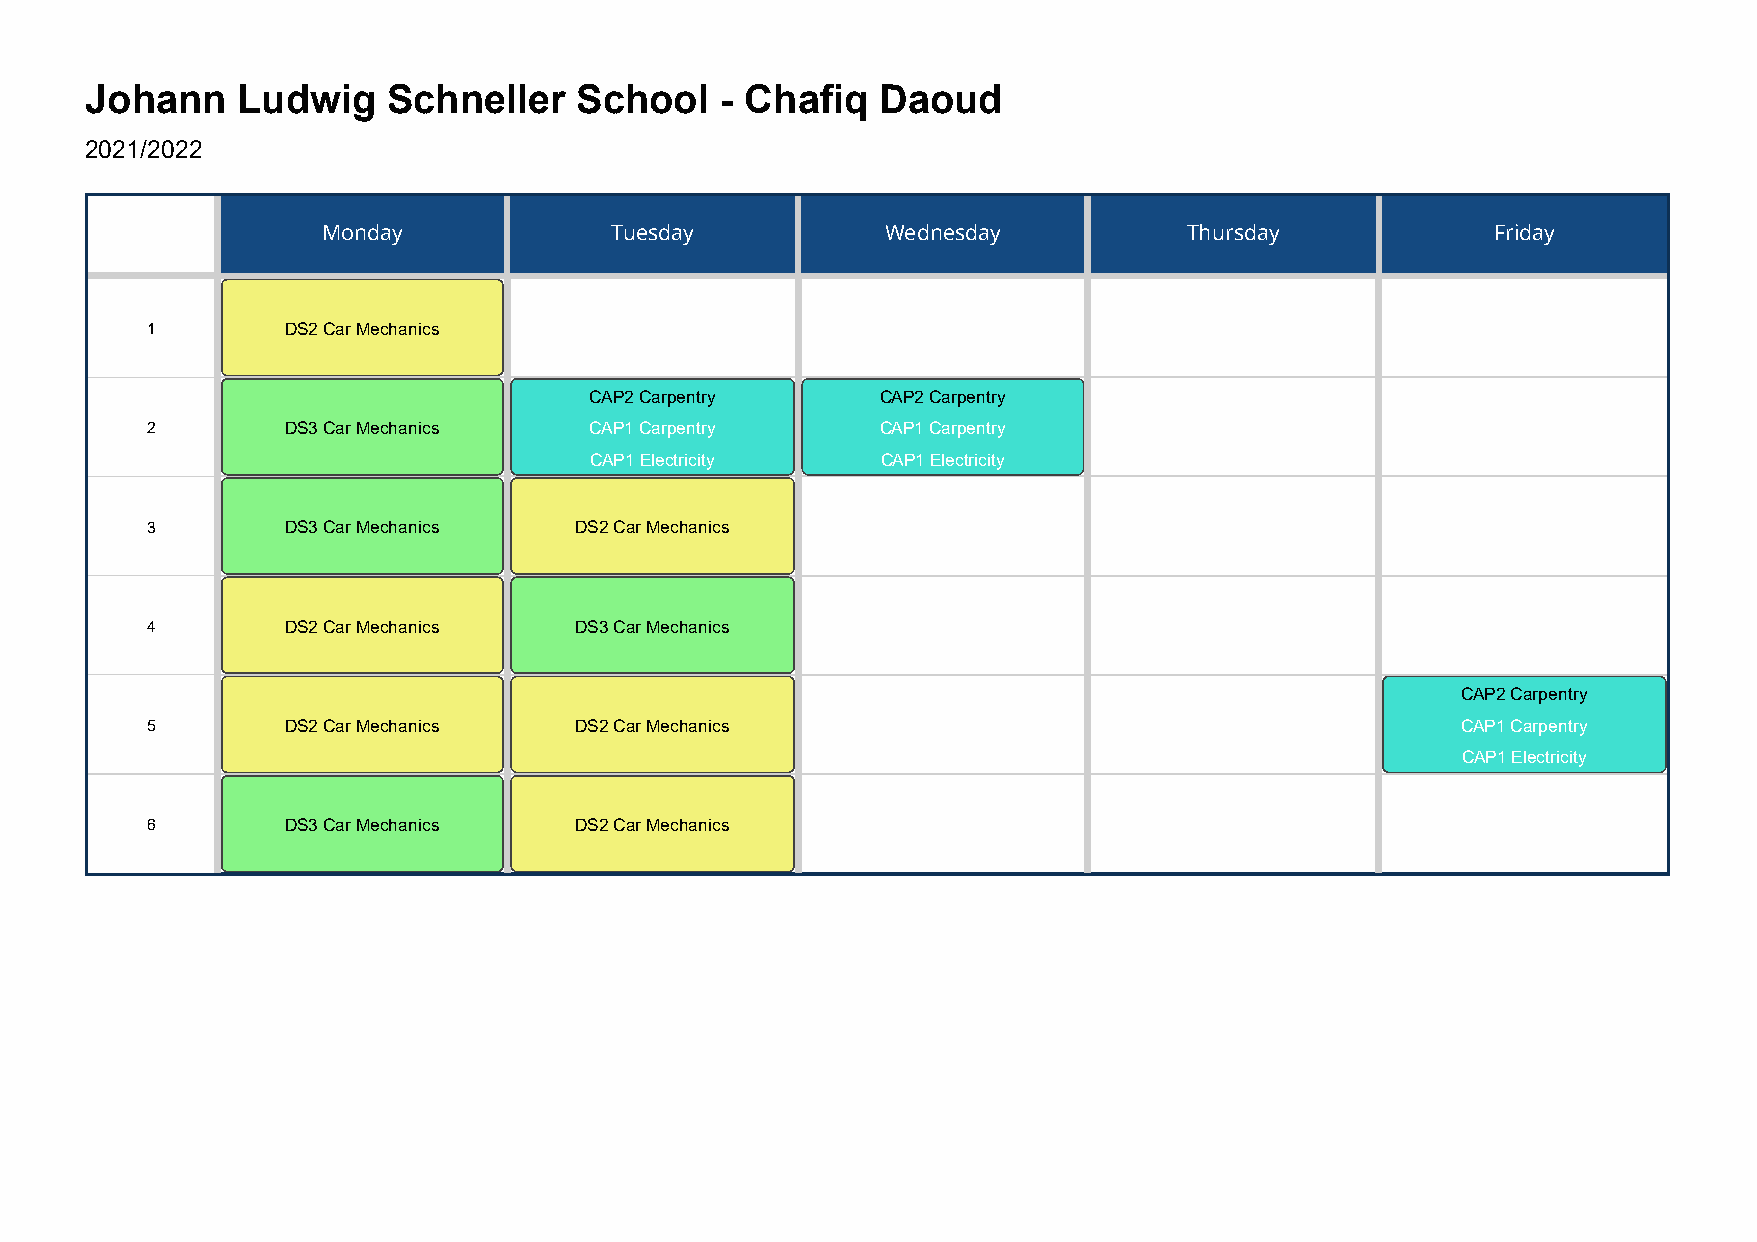
Johann    Ludwig    Schneller   School    - Chafiq  Daoud
 2021/2022
 Monday             Tuesday            Wednesday           Thursday            Friday
 1        DS2 Car Mechanics
 CAP2 Carpentry     CAP2 Carpentry
 2        DS3 Car Mechanics   CAP1 Carpentry     CAP1 Carpentry
 CAP1 Electricity   CAP1 Electricity
 3        DS3 Car Mechanics  DS2 Car Mechanics
 4        DS2 Car Mechanics  DS3 Car Mechanics
 CAP2 Carpentry
 5        DS2 Car Mechanics  DS2 Car Mechanics                                          CAP1 Carpentry
 CAP1 Electricity
 6        DS3 Car Mechanics  DS2 Car Mechanics